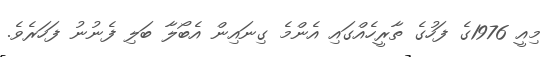
މިއީ 1976ގެ ފަހުގެ ތާރީހެއްގައި އެންމެ ގިނައިން އެބޯލާ ބަލި ފެނުނު ފަހަރެވެ.